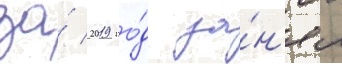
за́ 2019 го́д за́н'ял